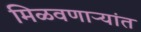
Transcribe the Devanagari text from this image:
मिळवणाऱ्यांत